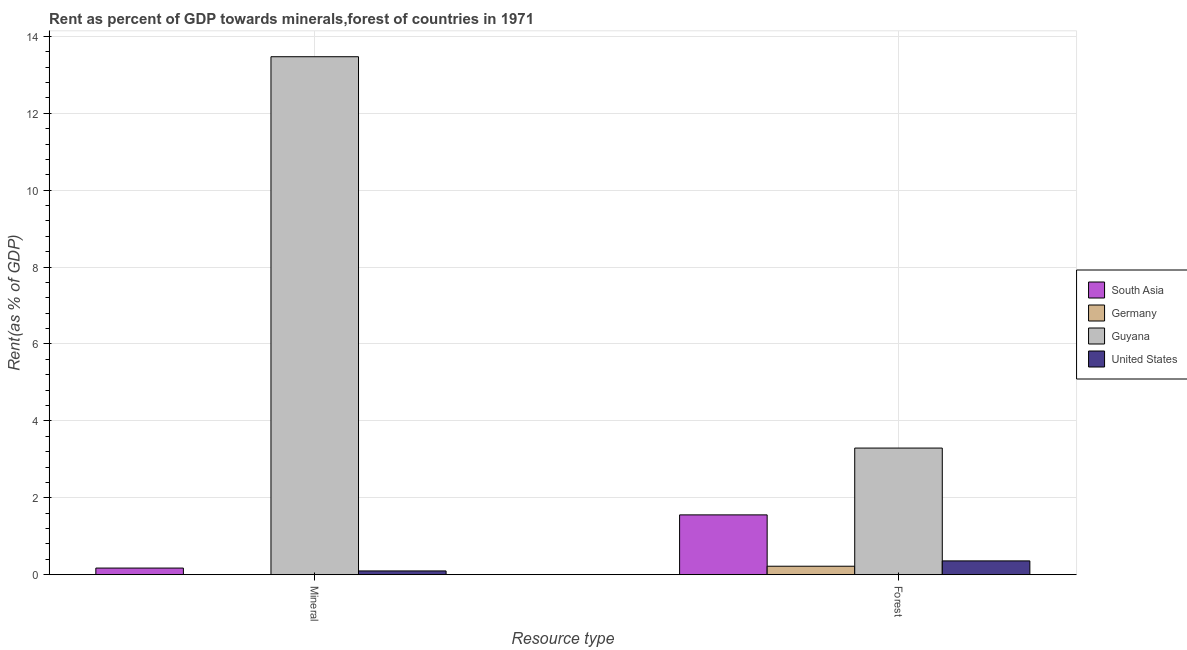
| Resource type | South Asia | Germany | Guyana | United States |
 | --- | --- | --- | --- | --- |
 | Mineral | 0.172 | 0.00413 | 13.5 | 0.0979 |
 | Forest | 1.56 | 0.22 | 3.29 | 0.359 |